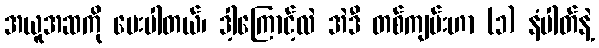
အယူအဆကို မေးပါတယ်၊ ဒါ့ကြောင့်လဲ အဲဒီ တစ်ကျမ်းဟာ (၁) နံပါတ်နဲ့